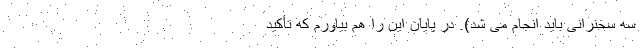
سه سخنرانی باید انجام می شد). در پایان این را هم بیاورم که تأکید